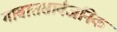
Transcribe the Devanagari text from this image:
गावातसार्वजनिक